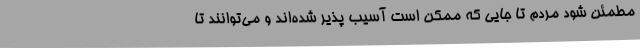
مطمئن شود مردم تا جایی که ممکن است آسیب پذیر شده‌اند و می‌توانند تا